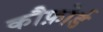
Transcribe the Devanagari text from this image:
कौफ़ोर्ड